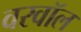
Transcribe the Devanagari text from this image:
वरवॉल